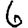
Digit: 6